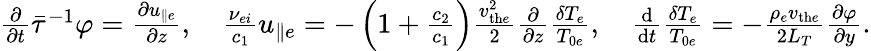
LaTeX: \begin{array}{r}{\frac{\partial}{\partial t}\bar{\tau}^{-1}\varphi=\frac{\partial u_{\parallel e}}{\partial z},\quad\frac{\nu_{ei}}{c_{1}}u_{\parallel e}=-\left(1+\frac{c_{2}}{c_{1}}\right)\frac{v_{\mathrm{th}e}^{2}}{2}\frac{\partial}{\partial z}\frac{\delta T_{e}}{T_{0e}},\quad\frac{\mathrm{d}}{\mathrm{d}t}\frac{\delta T_{e}}{T_{0e}}=-\frac{\rho_{e}v_{\mathrm{th}e}}{2L_{T}}\frac{\partial\varphi}{\partial y}.}\end{array}